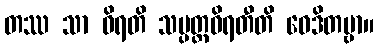
တဿ သာ ဝိရတိ သမ္ပတ္တဝိရတီတိ ဝေဒိတဗ္ဗာ။